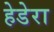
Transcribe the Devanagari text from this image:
हेडेरा